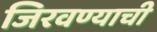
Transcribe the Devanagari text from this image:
जिरवण्याची